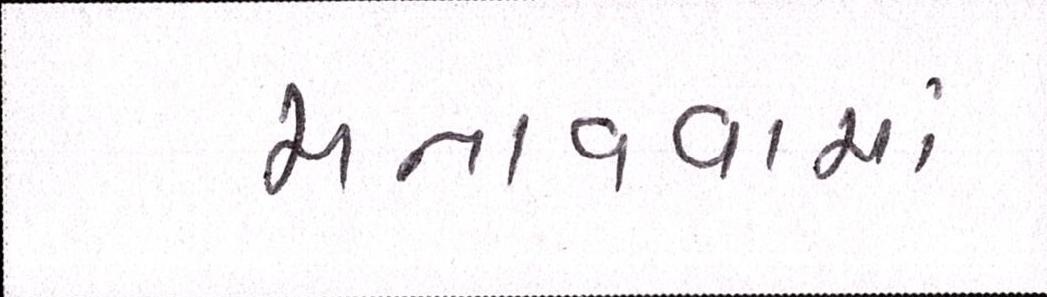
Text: મનાવવામાં